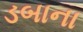
ડબાના